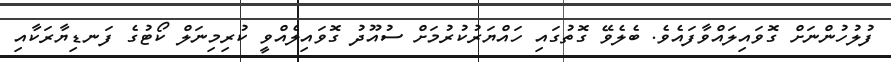
ފުލުހުންނަށް ގޮވައިލައްވާފައެވެ. ބެލެވޭ ގޮތުގައި ހައްޔަރުކުރުމަށް ސުއޫދު ގޮވައިލެއްވީ ކުރިމިނަލް ކޯޓުގެ ފަނޑިޔާރަކާއި